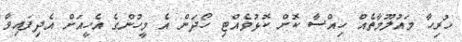
ހުރިހާ މައުލޫމާތެއް ހިއްސާ ކޮށް ކޮޅުވެއްޓި ހޯދަން އެ މީހުންގެ އެހީއަށް އެދިފައިވާ